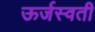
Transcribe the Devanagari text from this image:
ऊर्जस्वती